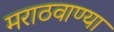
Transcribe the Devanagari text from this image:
मराठवाण्या